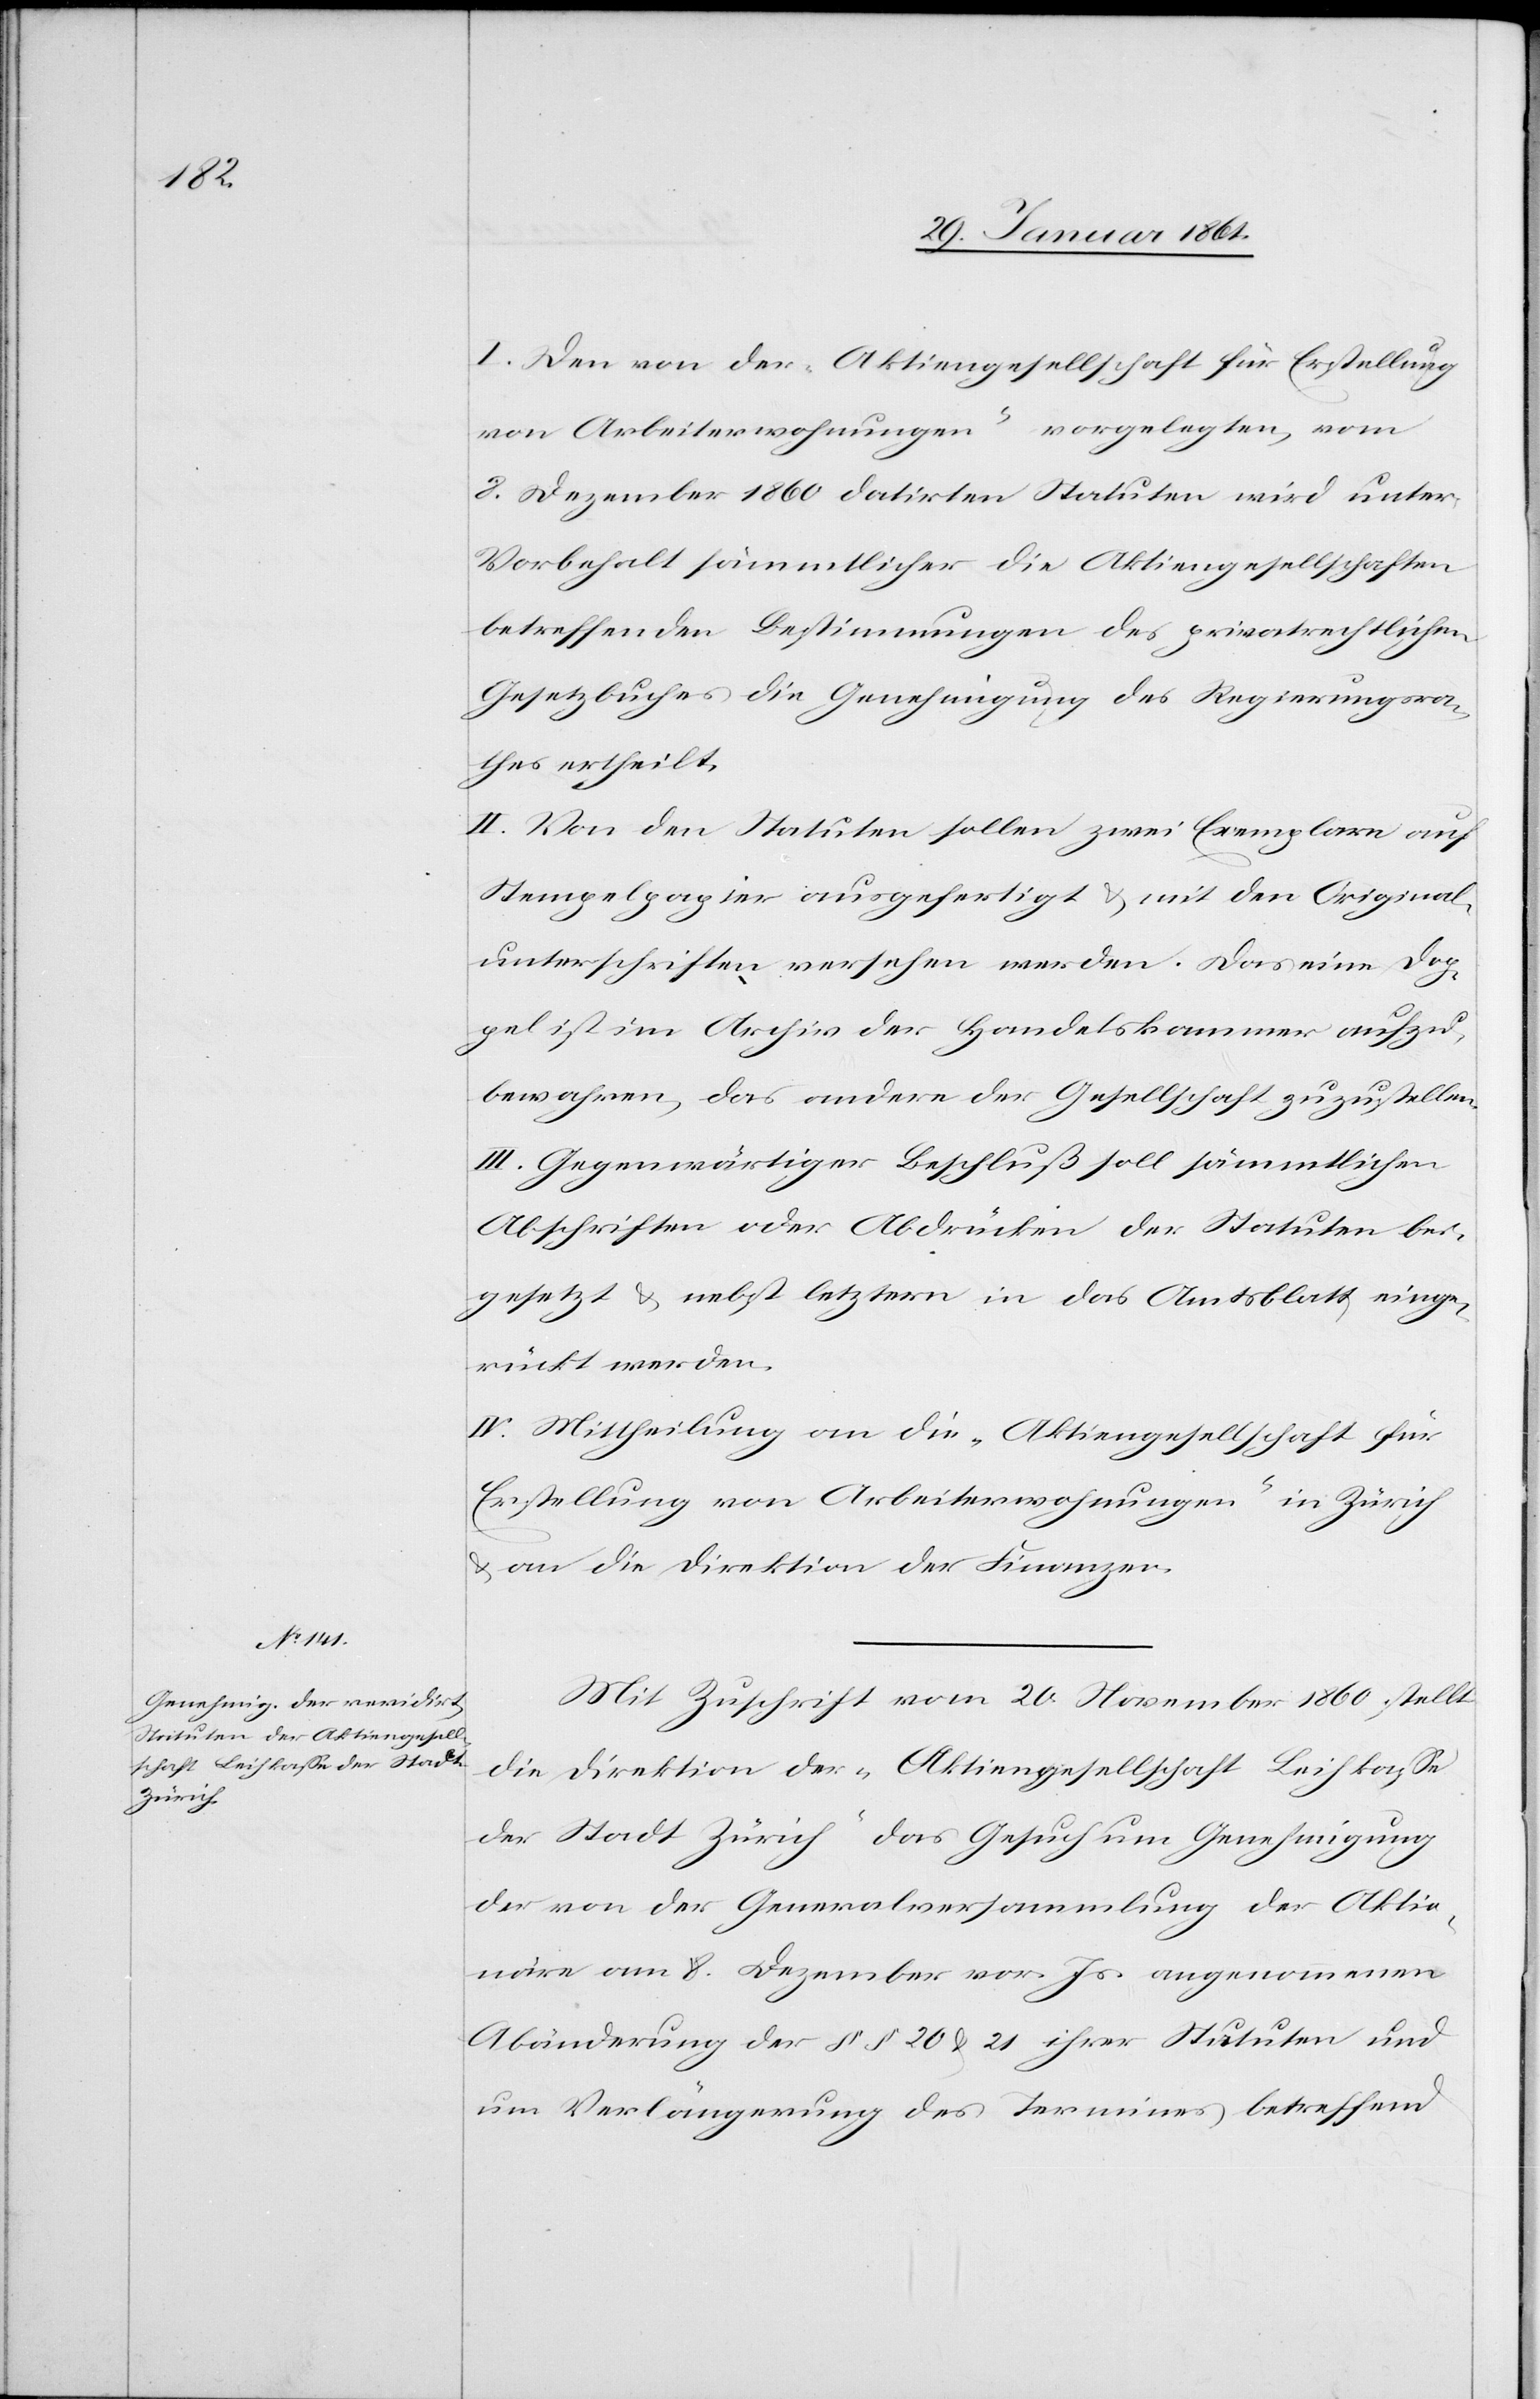
I. Den von der „Aktiengesellschaft für Erstellung
von Arbeiterwohnungen“ vorgelegten, vom
8. Dezember 1860 datirten Statuten wird unter
Vorbehalt sämmtlicher die Aktiengesellschaften
betreffenden Bestimmungen des privatrechtlichen
Gesetzbuches die Genehmigung des Regierungsra¬
thes ertheilt.
II. Von den Statuten sollen zwei Exemplare auf
Stempelpapier ausgefertigt u. mit den Original¬
unterschriften versehen werden. Das eine Dop¬
pel ist im Archiv der Handelskammer aufzu¬
bewahren, das andere der Gesellschaft zuzustellen.
III. Gegenwärtiger Beschluß soll sämmtlichen
Abschriften oder Abdrücken der Statuten bei¬
gesetzt u. nebst letztern in das Amtsblatt einge¬
rückt werden.
IV. Mittheilung an die „Aktiengesellschaft für
Erstellung von Arbeiterwohnungen“ in Zürich
u. an die Direktion der Finanzen.
Mit Zuschrift vom 20. November 1860 stellt
die Direktion der „Aktiengesellschaft Leihkasse
der Stadt Zürich“ das Gesuch um Genehmigung
der von der Generalversammlung der Aktio¬
näre am 8. Dezember vor. Js. angenommenen
Abänderung der §§ 20 u. 21 ihrer Statuten und
um Verlängerung des Termines betreffend